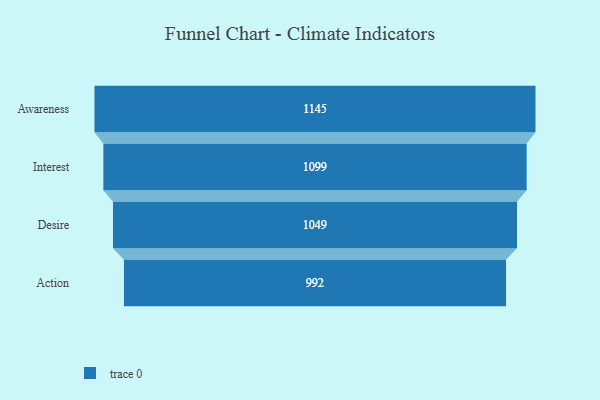
{"axis": {"x": "Stage", "y": "Value"}, "legend": [""], "data": [{"x": "Awareness", "y": 1145.0, "type": ""}, {"x": "Interest", "y": 1099.0, "type": ""}, {"x": "Desire", "y": 1049.0, "type": ""}, {"x": "Action", "y": 992.0, "type": ""}]}